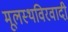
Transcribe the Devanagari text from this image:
मूलस्थविरवादी